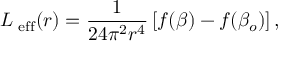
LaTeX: L _ { \mathrm { \scriptsize ~ e f f } } ( r ) = \frac { 1 } { 2 4 \pi ^ { 2 } r ^ { 4 } } \left[ f ( \beta ) - f ( \beta _ { o } ) \right] ,